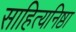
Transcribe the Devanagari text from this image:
साहित्यनिष्ठा